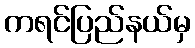
ကရင်ပြည်နယ်မှ